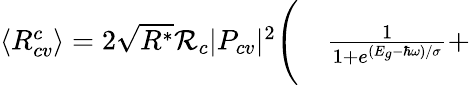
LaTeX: \begin{array}{rl}{\langle R_{cv}^{c}\rangle=2\sqrt{R^{*}}\mathcal{R}_{c}|P_{cv}|^{2}\Bigg(}&{{}\frac{1}{1+e^{(E_{g}-\hbar\omega)/\sigma}}+}\end{array}